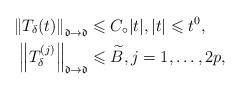
LaTeX: \begin{align*}\left\Vert T_{\delta}(t)\right\Vert _{\mathfrak{d}\to \mathfrak{d}} &\leqslant C_{\circ} |t|,|t|\leqslant t^{0},\\\left\Vert T_{\delta}^{(j)}\right\Vert _{\mathfrak{d}\to \mathfrak{d}} &\leqslant \widetilde{B},j=1,\dots,2p,\end{align*}